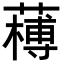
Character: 𦼭